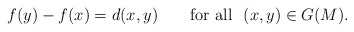
\begin{align*}f(y)-f(x)=d(x,y)\ \ \ \ \ \ \mathrm{for\ all}\ \ (x,y)\in G(M).\end{align*}